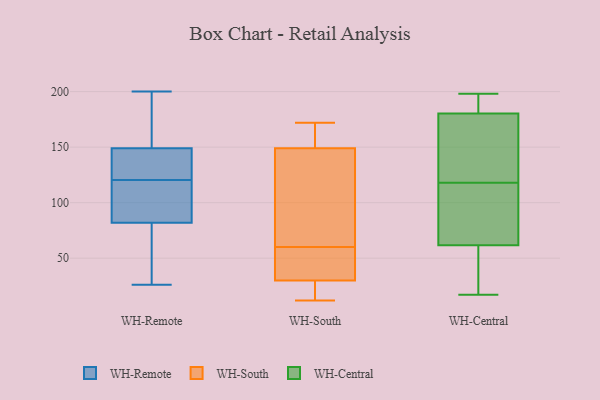
{"axis": {"x": "Waste Production (Tons)", "y": "Value"}, "legend": ["WH-Central", "WH-Remote", "WH-South"], "data": [{"x": "", "y": 85, "type": "WH-Remote"}, {"x": "", "y": 139, "type": "WH-Remote"}, {"x": "", "y": 200, "type": "WH-Remote"}, {"x": "", "y": 115, "type": "WH-Remote"}, {"x": "", "y": 158, "type": "WH-Remote"}, {"x": "", "y": 80, "type": "WH-Remote"}, {"x": "", "y": 126, "type": "WH-Remote"}, {"x": "", "y": 128, "type": "WH-Remote"}, {"x": "", "y": 51, "type": "WH-Remote"}, {"x": "", "y": 114, "type": "WH-Remote"}, {"x": "", "y": 52, "type": "WH-Remote"}, {"x": "", "y": 94, "type": "WH-Remote"}, {"x": "", "y": 84, "type": "WH-Remote"}, {"x": "", "y": 55, "type": "WH-Remote"}, {"x": "", "y": 149, "type": "WH-Remote"}, {"x": "", "y": 149, "type": "WH-Remote"}, {"x": "", "y": 151, "type": "WH-Remote"}, {"x": "", "y": 26, "type": "WH-Remote"}, {"x": "", "y": 189, "type": "WH-Remote"}, {"x": "", "y": 141, "type": "WH-Remote"}, {"x": "", "y": 57, "type": "WH-South"}, {"x": "", "y": 60, "type": "WH-South"}, {"x": "", "y": 38, "type": "WH-South"}, {"x": "", "y": 12, "type": "WH-South"}, {"x": "", "y": 36, "type": "WH-South"}, {"x": "", "y": 171, "type": "WH-South"}, {"x": "", "y": 25, "type": "WH-South"}, {"x": "", "y": 150, "type": "WH-South"}, {"x": "", "y": 92, "type": "WH-South"}, {"x": "", "y": 146, "type": "WH-South"}, {"x": "", "y": 172, "type": "WH-South"}, {"x": "", "y": 98, "type": "WH-South"}, {"x": "", "y": 12, "type": "WH-South"}, {"x": "", "y": 28, "type": "WH-South"}, {"x": "", "y": 161, "type": "WH-South"}, {"x": "", "y": 66, "type": "WH-Central"}, {"x": "", "y": 180, "type": "WH-Central"}, {"x": "", "y": 18, "type": "WH-Central"}, {"x": "", "y": 181, "type": "WH-Central"}, {"x": "", "y": 198, "type": "WH-Central"}, {"x": "", "y": 17, "type": "WH-Central"}, {"x": "", "y": 151, "type": "WH-Central"}, {"x": "", "y": 118, "type": "WH-Central"}, {"x": "", "y": 25, "type": "WH-Central"}, {"x": "", "y": 159, "type": "WH-Central"}, {"x": "", "y": 194, "type": "WH-Central"}, {"x": "", "y": 126, "type": "WH-Central"}, {"x": "", "y": 111, "type": "WH-Central"}, {"x": "", "y": 49, "type": "WH-Central"}, {"x": "", "y": 86, "type": "WH-Central"}, {"x": "", "y": 185, "type": "WH-Central"}, {"x": "", "y": 83, "type": "WH-Central"}]}